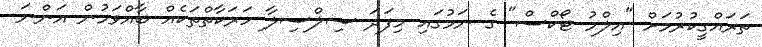
ތަރައްގީކުރުމަށް "އިލްމު ޓޯކްސް" ގެ ނަމުގައި މިފަދަ ސިލްސިލާ ހަރަކާތްތަކެއް ބާއްވަމުން އަންނަ